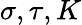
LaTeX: \sigma,\tau,K